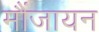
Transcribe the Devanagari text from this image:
मौंजायन